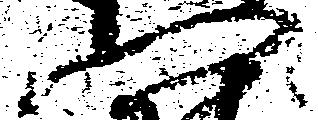
門